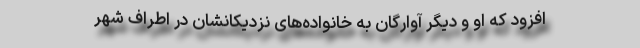
افزود که او و دیگر آوارگان به خانواده‌های نزدیکانشان در اطراف شهر